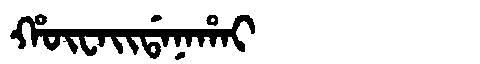
Manchu: ᡥᡡᠸᠠᡳᡩᠠᠨᠠᡥᠠᡳ
Romanization: HŪWAIDANAHAI